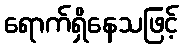
ရောက်ရှိနေသဖြင့်